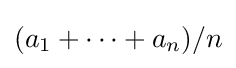
(a_{1}+\cdots +a_{n})/n